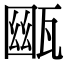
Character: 𤭳